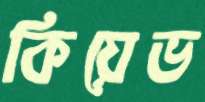
কিয়েভ